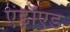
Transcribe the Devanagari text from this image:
एंड्राॅएड